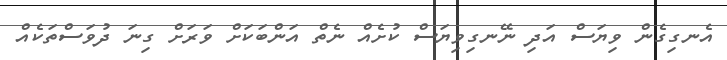
އެނގިގެން ވިޔަސް އަދި ނޭނގިވިޔަސް ކުށެއް ނެތް އަންބަކަށް ވަރަށް ގިނަ ދުވަސްތަކެއް